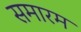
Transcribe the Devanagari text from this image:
समारम